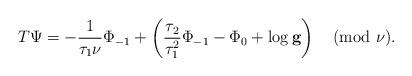
LaTeX: \begin{align*} T\Psi = - \frac{1}{\tau_1\nu}\Phi_{-1} + \left(\frac{\tau_2}{\tau_1^2}\Phi_{-1} - \Phi_0 + \log \mathbf{g}\right) \pmod{\nu}.\end{align*}